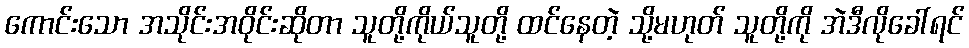
ကောင်းသော အသိုင်းအဝိုင်းဆိုတာ သူတို့ကိုယ်သူတို့ ထင်နေတဲ့ သို့မဟုတ် သူတို့ကို အဲဒီလိုခေါ်ရင်